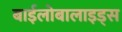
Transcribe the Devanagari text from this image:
बाईलोबालाइड्स